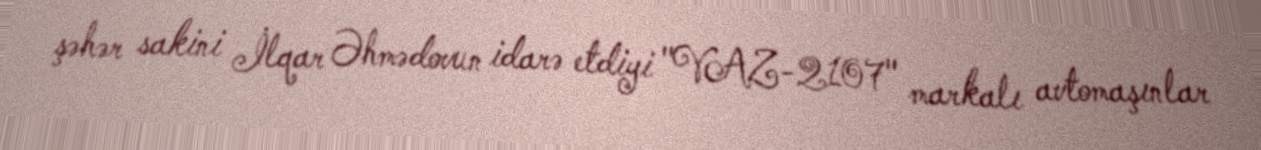
şəhər sakini İlqar Əhmədovun idarə etdiyi "VAZ-2107" markalı avtomaşınlar